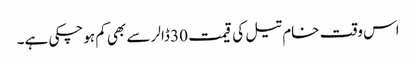
اس وقت خام تیل کی قیمت 30 ڈالر سے بھی کم ہوچکی ہے۔